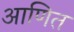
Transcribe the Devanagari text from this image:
आणित